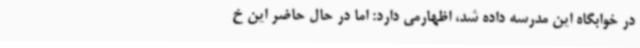
در خوابگاه این مدرسه داده شد، اظهارمی دارد: اما در حال حاضر این خ